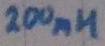
Text: 200mH